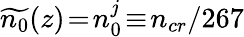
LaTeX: \widetilde{n_{0}}(z)\! =\! n_{0}^{j}\! \equiv\! n_{cr}/267